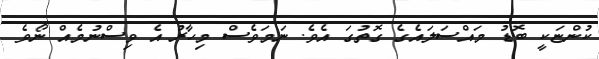
ކުންޏަކީ ބޮޑު މައްސަލައެގެ ގޮތުގަ އެވެ. ނަމަވެސް މިހާރު އެ ވިސްނުމެއް ނޯވެ